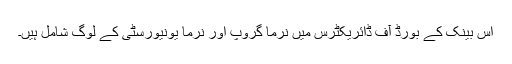
اس بینک کے بورڈ آف ڈائریکٹرس میں نرما گروپ اور نرما یونیورسٹی کے لوگ شامل ہیں۔